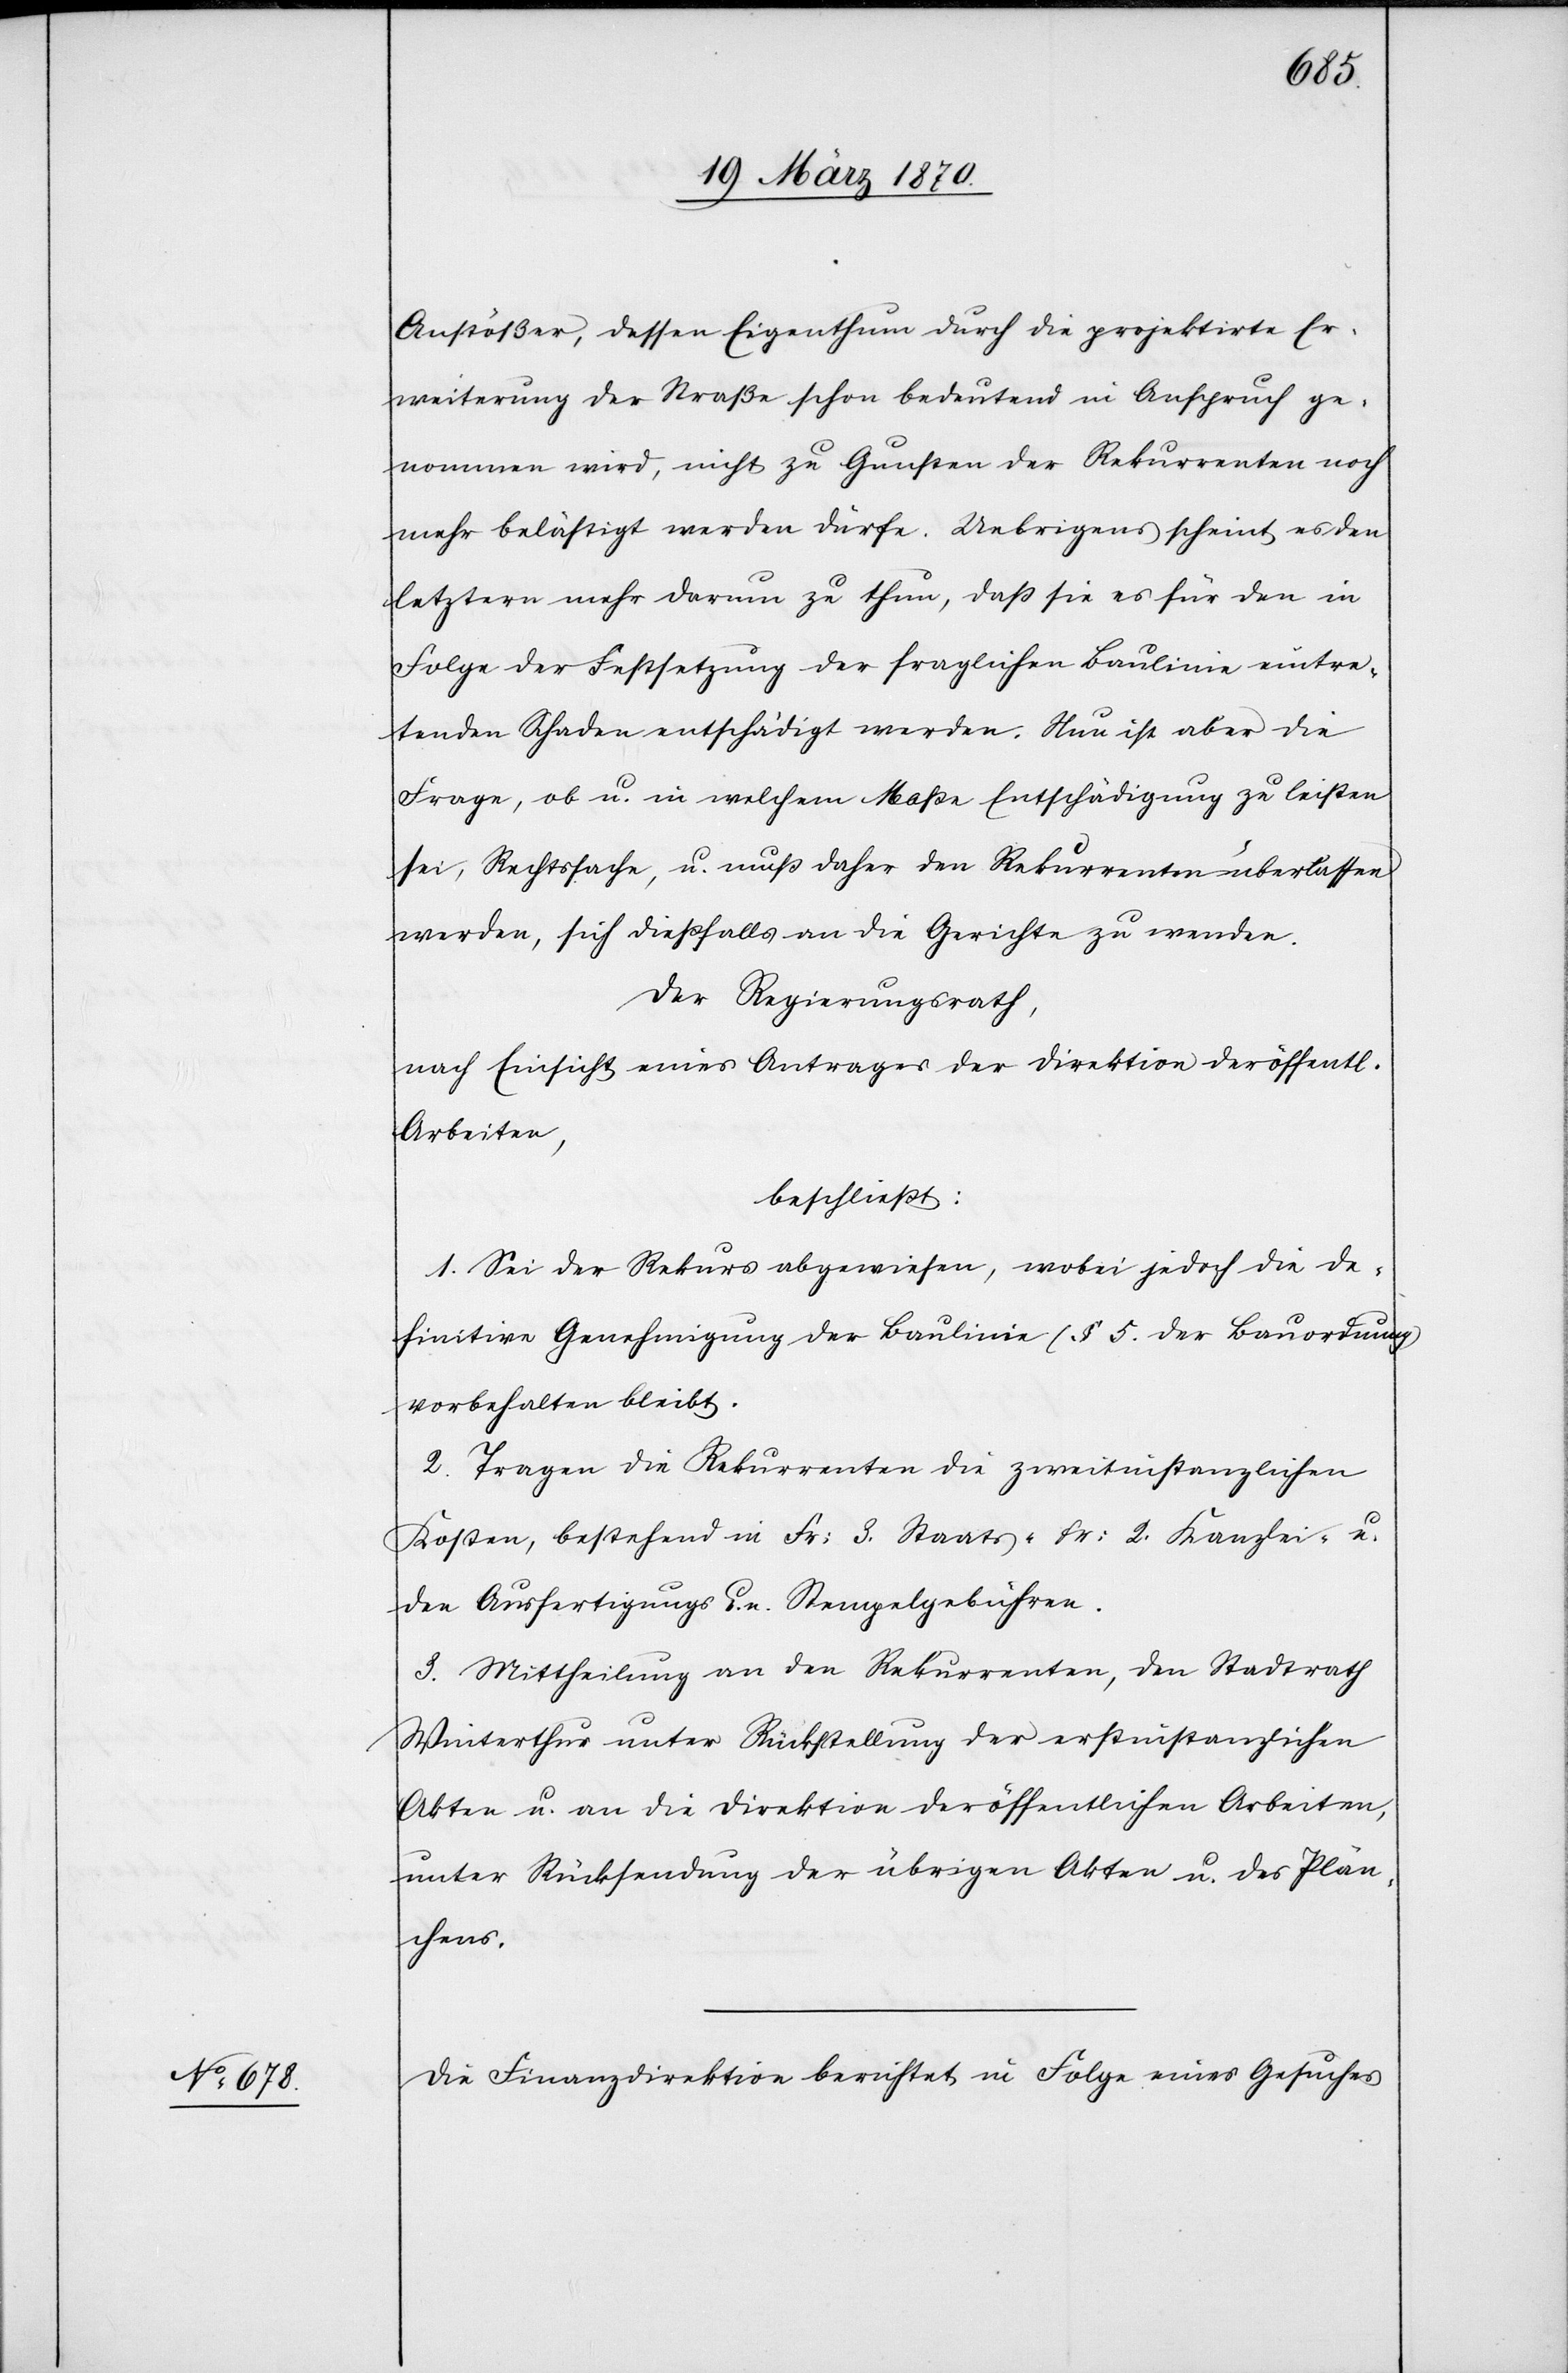
Anstößer, dessen Eigenthum durch die projektirte Er¬
weiterung der Straße schon bedeutend in Anspruch ge¬
nommen wird, nicht zu Gunsten der Rekurrenten noch
mehr belästigt werden dürfe. Uebrigens scheint es den
letztern mehr darum zu thun, daß sie es [sic!] für den in
Folge der Festsetzung der fraglichen Baulinie eintre¬
tenden Schaden entschädigt werden. Nun ist aber die
Frage, ob u. in welchem Maße Entschädigung zu leisten
sei, Rechtssache, u. muß daher den Rekurrenten überlassen
werden, sich dießfalls an die Gerichte zu wenden.
Der Regierungsrath,
nach Einsicht eines Antrages der Direktion der öffentl¬
Arbeiten,
beschließt:
1. Sei der Rekurs abgewiesen, wobei jedoch die de¬
finitive Genehmigung der Baulinie (§ 5. der Bauordnung)
vorbehalten bleibt.
2. Tragen die Rekurrenten die zweitinstanzlichen
Kosten, bestehend in Fr: 3. Staats- Fr: 2. Kanzlei- u.
den Ausfertigungs- u. Stempelgebühren.
3. Mittheilung an den Rekurrenten, den Stadtrath
Winterthur unter Rückstellung der erstinstanzlichen
Akten u. an die Direktion der öffentlichen Arbeiten,
unter Rücksendung der übrigen Akten u. des Plän¬
chens.
Die Finanzdirektion berichtet in Folge eines Gesuches